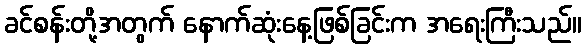
ခင်စန်းတို့အတွက် နောက်ဆုံးနေ့ဖြစ်ခြင်းက အရေးကြီးသည်။